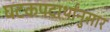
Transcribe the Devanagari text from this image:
घटकपदार्थांनुसार